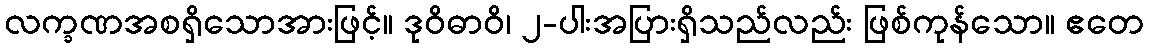
လက္ခဏအစရှိသောအားဖြင့်။ ဒုဝိဓာဝိ၊ ၂-ပါးအပြားရှိသည်လည်း ဖြစ်ကုန်သော။ ဧတေ